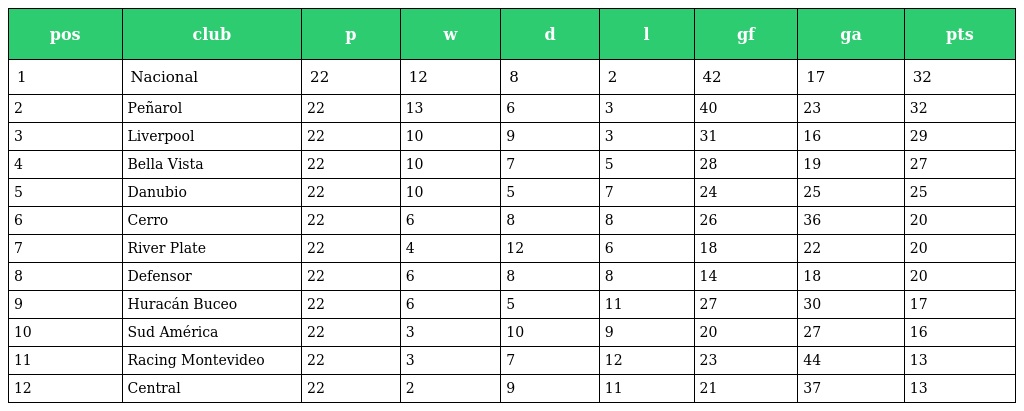
| pos | club | p | w | d | l | gf | ga | pts |
 | --- | --- | --- | --- | --- | --- | --- | --- | --- |
 | 1 | Nacional | 22 | 12 | 8 | 2 | 42 | 17 | 32 |
 | 2 | Peñarol | 22 | 13 | 6 | 3 | 40 | 23 | 32 |
 | 3 | Liverpool | 22 | 10 | 9 | 3 | 31 | 16 | 29 |
 | 4 | Bella Vista | 22 | 10 | 7 | 5 | 28 | 19 | 27 |
 | 5 | Danubio | 22 | 10 | 5 | 7 | 24 | 25 | 25 |
 | 6 | Cerro | 22 | 6 | 8 | 8 | 26 | 36 | 20 |
 | 7 | River Plate | 22 | 4 | 12 | 6 | 18 | 22 | 20 |
 | 8 | Defensor | 22 | 6 | 8 | 8 | 14 | 18 | 20 |
 | 9 | Huracán Buceo | 22 | 6 | 5 | 11 | 27 | 30 | 17 |
 | 10 | Sud América | 22 | 3 | 10 | 9 | 20 | 27 | 16 |
 | 11 | Racing Montevideo | 22 | 3 | 7 | 12 | 23 | 44 | 13 |
 | 12 | Central | 22 | 2 | 9 | 11 | 21 | 37 | 13 |